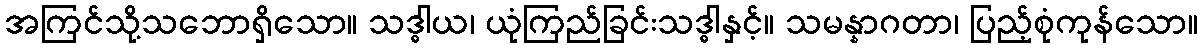
အကြင်သို့သဘောရှိသော။ သဒ္ဓါယ၊ ယုံကြည်ခြင်းသဒ္ဓါနှင့်။ သမန္နာဂတာ၊ ပြည့်စုံကုန်သော။